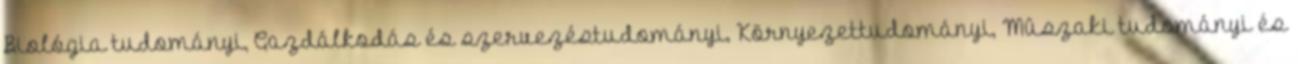
Biológia tudományi, Gazdálkodás és szervezéstudományi, Környezettudományi, Mûszaki tudományi és